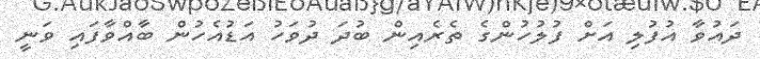
ދައުވާ އުފުލި އަށް ފުލުހުންގެ ތެރެއިން ބުދަ ދުވަހު އަޑުއެހުން ބާއްވާފައި ވަނީ